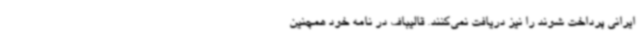
ایرانی پرداخت شوند را نیز دریافت نمی‌کنند. قالیباف در نامه خود همچنین